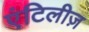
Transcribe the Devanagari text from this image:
एंटिलीज़